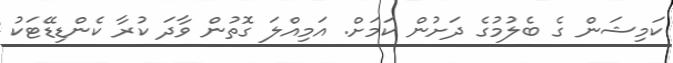
ކަމިޝަން ގެ ބެލުމުގެ ދަށުން ކަމަށް. އަމިއްލަ ގޮތުން ވާދަ ކުރާ ކެންޑިޑޭޓަކު